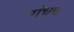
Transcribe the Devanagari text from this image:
गंधच